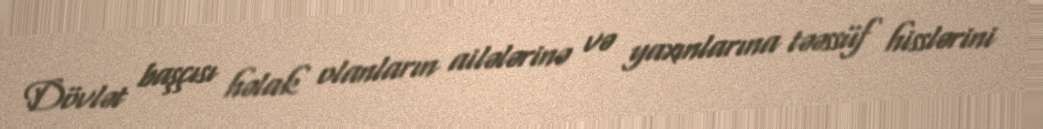
Dövlət başçısı həlak olanların ailələrinə və yaxınlarına təəssüf hisslərini